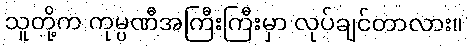
သူတို့က ကုမ္ပဏီအကြီးကြီးမှာ လုပ်ချင်တာလား။